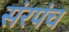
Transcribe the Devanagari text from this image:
संरपंच